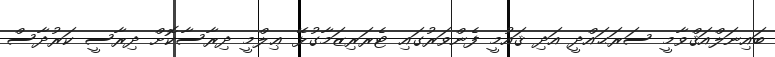
ބައިނަލްއަޤްވާމީ ސަރަޙައްދީ އަދި ޤައުމީ ފެންވަރުގައި ޓެރަރިޒަމާގުޅޭ ޢިލްމީ ދިރާސާކޮށް ދިރާސީ ކަރުދާސް